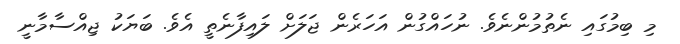
މި ބިމުގައި ނެތުމުންނެވެ. ނުހައްގުން އަހަރެން ޖަލަށް ލައިފާނެތީ އެވެ. ބަޔަކު ޖިއްސާމާނީ